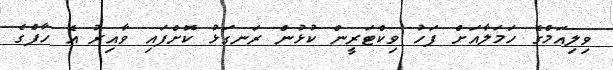
ވިލިއަމްގެ ހަމަލާއަށް ފަހު ވިކްޓަރީން ކުޅުން ރަނގަޅު ކޮށްފައި ވާއިރު އެ ހާފްގެ